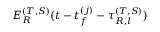
E _ { R } ^ { ( T , S ) } ( t - t _ { f } ^ { ( j ) } - \tau _ { R , l } ^ { ( T , S ) } )